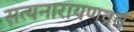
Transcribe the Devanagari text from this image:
सत्यनारायणव्रत